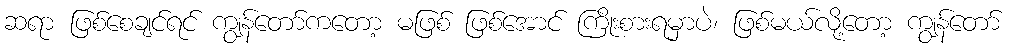
ဆရာ ဖြစ်စေချင်ရင် ကျွန်တော်ကတော့ မဖြစ် ဖြစ်အောင် ကြိုးစားရမှာပဲ၊ ဖြစ်မယ်လို့တော့ ကျွန်တော်